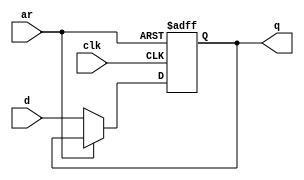
module top_module (
    input clk,
    input d, 
    input ar,   // asynchronous reset
    output q);
    wire out1,out2;
    always @(posedge clk or posedge ar) begin
        if(ar == 1) begin
            q <= 0;
        end
        else if(ar == 0) begin
            q <= d;
        end
    end
endmodule